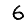
Digit: 6